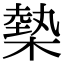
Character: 槷